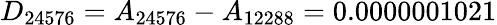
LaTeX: D_{24576}=A_{24576}-A_{12288}=0.0000001021